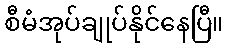
စီမံအုပ်ချုပ်နိုင်နေပြီ။